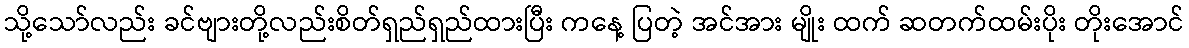
သို့သော်လည်း ခင်ဗျားတို့လည်းစိတ်ရှည်ရှည်ထားပြီး ကနေ့ ပြတဲ့ အင်အား မျိုး ထက် ဆတက်ထမ်းပိုး တိုးအောင်